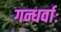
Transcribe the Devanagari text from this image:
गन्धर्वाः